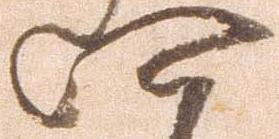
四